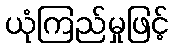
ယုံကြည်မှုဖြင့်